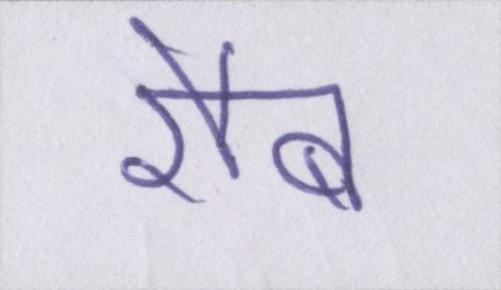
रौब